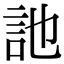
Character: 訑